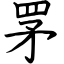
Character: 罞